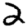
Digit: 2